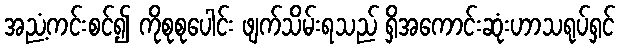
အညံ့ကင်းစင်၍ ကိုစုစုပေါင်း ဖျက်သိမ်းရသည် ရှိအကောင်းဆုံးဟာသရုပ်ရှင်